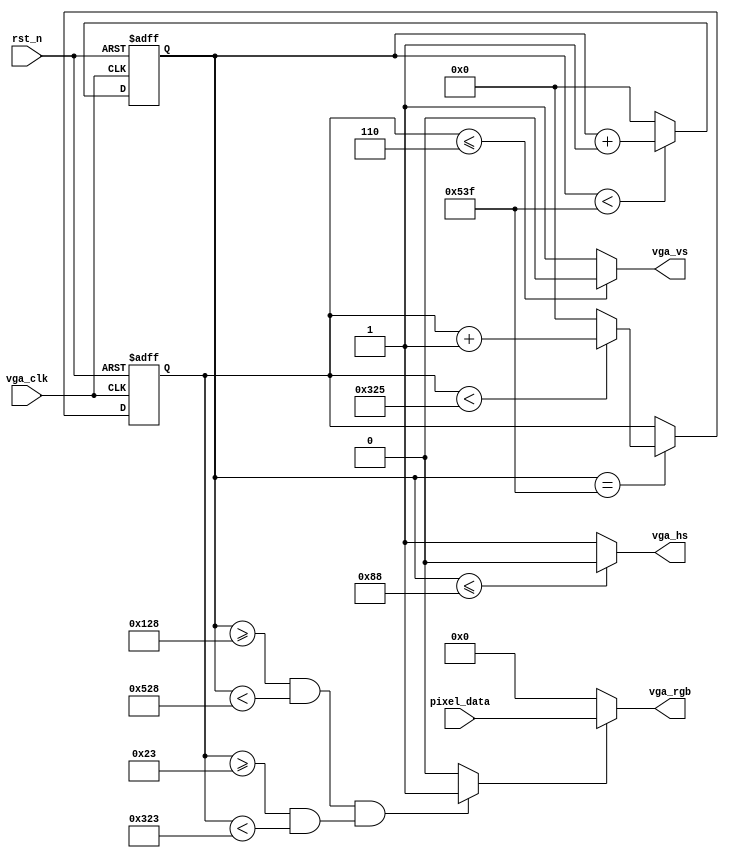
module vga_diver(
    input 				vga_clk		,
    input 				rst_n		,
    input			[15:0]	pixel_data	,

    output				vga_hs 		,
    output				vga_vs 		,
    output			[15:0]	vga_rgb      /* ,
    
    output		        [ 9:0]	vga_x		,
    output		        [ 9:0]	vga_y	     */	
   	 );
	
	
	parameter H_SYNC	=	11'd136	;//
	parameter H_BACK	=	11'd160	;//
	parameter H_DISP	=	11'd1024;//
	parameter H_FRONT	=	11'd24	;//
	parameter H_TOTAL	=	11'd1344;//

	parameter V_SYNC	=	11'd6	;//
	parameter V_BACK	=	11'd29	;//
	parameter V_DISP	=	11'd768 ;//
	parameter V_FRONT	=	11'd3	;//
	parameter V_TOTAL	=	11'd806 ;//

        //pclk = H_TOTAL * V_TOTAL * fps



/*Note the data width*/
	reg		[10:0]	h_cnt 			;
	reg		[10:0]	v_cnt 			;
	wire			vag_en			;
//	wire			data_req		;


//=======================================
//=============main code=================
//=======================================
always @(posedge vga_clk or negedge rst_n) begin
	if (!rst_n) begin
		// reset
		h_cnt <= 11'd0;
	end
	else  begin
		if (h_cnt < (H_TOTAL-1'b1)) begin
			h_cnt <= h_cnt+1'b1;
	 	end
		else begin
			h_cnt <= 11'd0;
		end
	end
end
always @(posedge vga_clk or negedge rst_n) begin
	if (!rst_n) begin
		// reset
		v_cnt <= 11'd0;
	end
	else if (h_cnt == (H_TOTAL-1'b1)) begin
		if (v_cnt< V_TOTAL -1'b1) begin
			v_cnt<= v_cnt+1'b1;
		end
		else begin
			v_cnt<=11'd0;
		end
	end
end

assign vga_hs =(h_cnt<=H_SYNC)? 1'b0:1'b1 ;
assign vga_vs =(v_cnt<=V_SYNC)? 1'b0:1'b1 ;

assign vag_en   =(
					((h_cnt>=H_SYNC+H_BACK)&&(h_cnt<H_SYNC+H_BACK+H_DISP))
					&&
					((v_cnt>=V_SYNC+V_BACK)&&(v_cnt<V_SYNC+V_BACK+V_DISP))
				)? 1'b1:1'b0 ;

/*assign data_req =(
	 				((h_cnt>=H_SYNC+H_BACK-1'b1)&&(h_cnt<H_SYNC+H_BACK+H_DISP-1'b1))
					&&
					((v_cnt>=V_SYNC+V_BACK)&&(v_cnt<V_SYNC+V_BACK+V_DISP))
				)? 1'b1:1'b0 ; 

  assign vga_x =data_req? (h_cnt-(H_SYNC+H_BACK-1'b1)):10'd0 ;
  assign vga_y =data_req? (v_cnt-(V_SYNC+V_BACK-1'b1)):10'd0 ;*/

assign vga_rgb = vag_en? pixel_data:16'd0;
endmodule